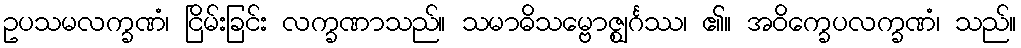
ဥပသမလက္ခဏံ၊ ငြိမ်းခြင်း လက္ခဏာသည်။ သမာဓိသမ္ဗောဇ္ဈင်္ဂဿ၊ ၏။ အဝိက္ခေပလက္ခဏံ၊ သည်။